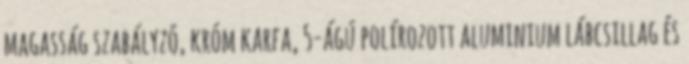
magasság szabályzó, króm karfa, 5-ágú polírozott aluminium lábcsillag és